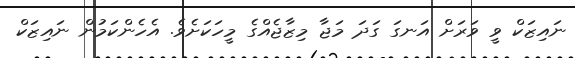
ނައިޒަކް ވީ ވަރަށް އަނގަ ގަދަ މަޖާ މިޒާޖެއްގެ މީހަކަށެވެ. އެހެންކަމުން ނައިޒަކް